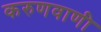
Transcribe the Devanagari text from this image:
करुणवाणी